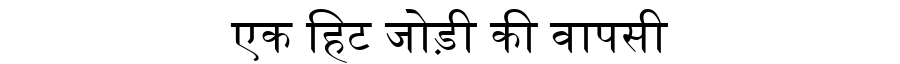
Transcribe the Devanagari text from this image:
एक हिट जोड़ी की वापसी